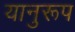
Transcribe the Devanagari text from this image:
यानुरूप